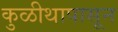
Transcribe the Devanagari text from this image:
कुळीथापासून